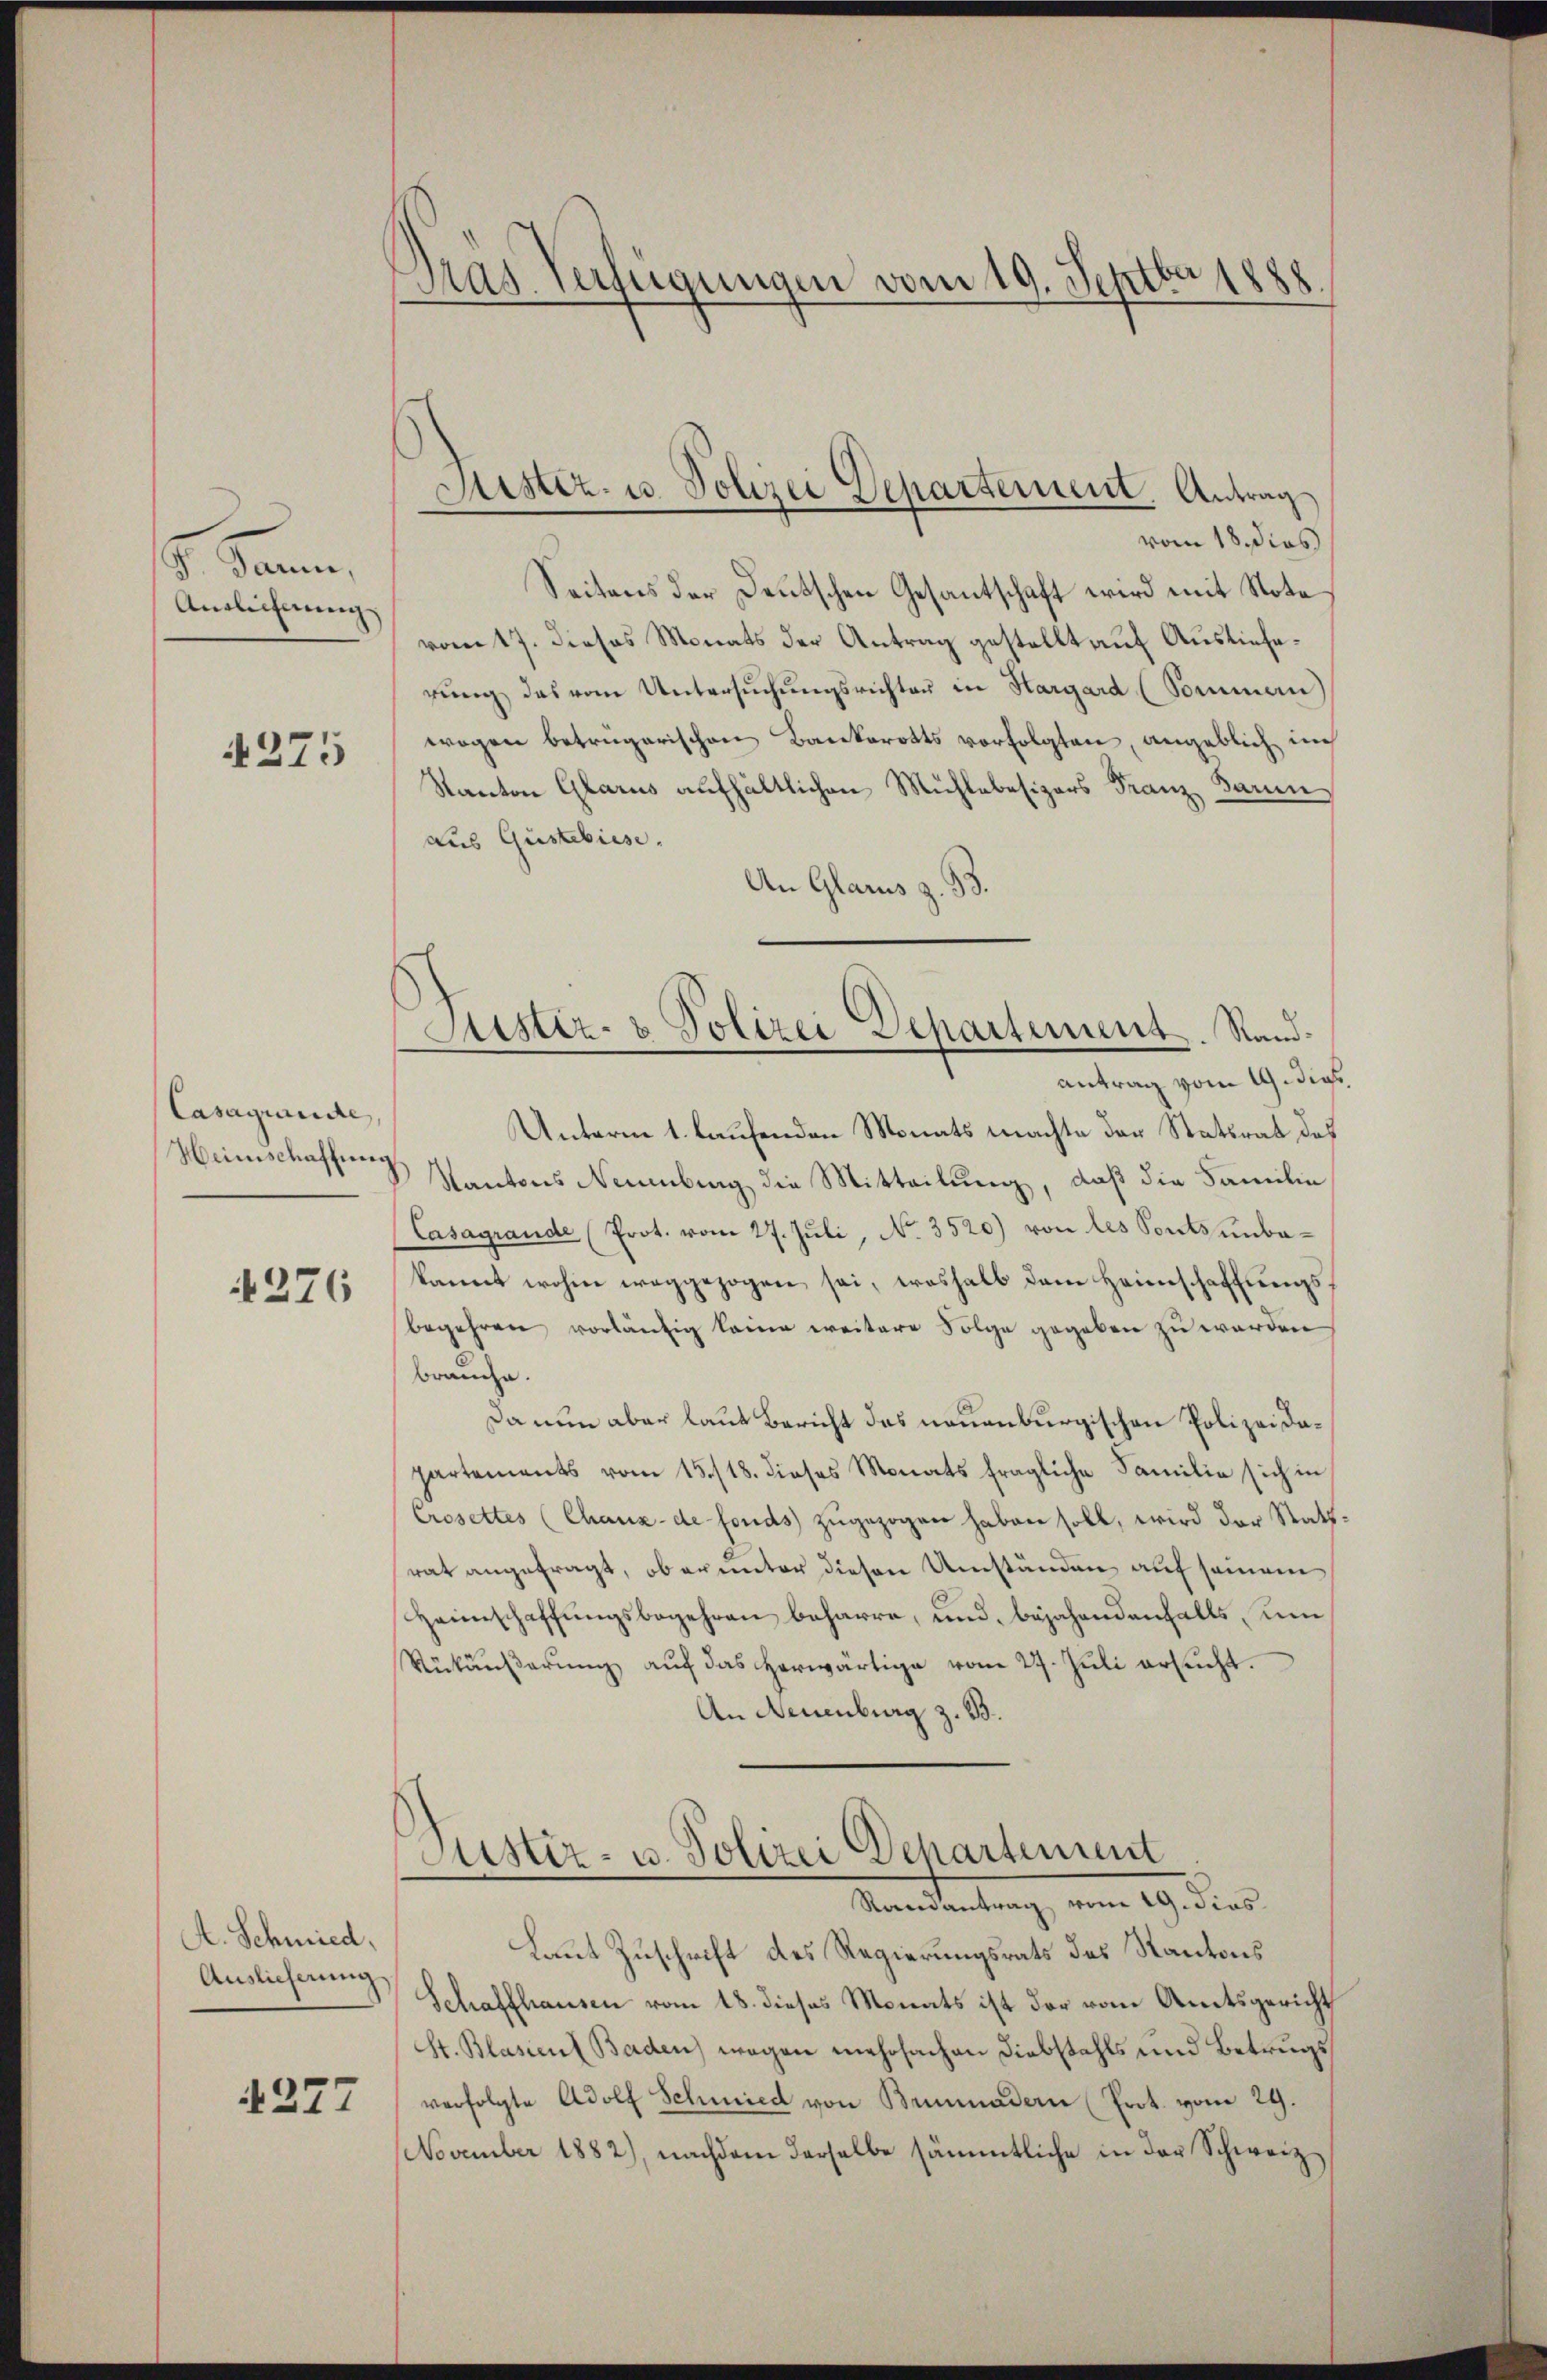
G. Samme,
Anglichung

4275

Casagunde,
Heimschaffung

276

A. Schmied.
Auslieferung

4277

Dras Verfügungen vom 19. Septbr 1888.

Justiz- u. Polizei Departement. Antrag

vom 18. dies
Seitens der Deutschen Gesantschaft wird mit Note
vom 17. dieses Monats der Antrag gestellt auf Auslieferŭng das vom Untersŭchŭngsrichten in Hargard (Sommern
wogen betrügerischen Bankerotts vorfolgten, angeblich im
Kanton Glarus aufhältlichen Mühlebesizers Franz Baum
aus Gustebisse.
An Glarus z. 93.
Unterm 1. laufenden Monats machte der Statsrat des
Kantons Neuenburg die Mitteilung, daß die Familie
Casagrande (Prot. vom 27. Juli, No. 3520) von des Ponts unbekannt wohin weggezogen sei, woshalb dem Heimschaffungsbegehren vorläufig keine weitere Folge gegeben zu werden
brauche.
Da nun aber laut Bericht des neuenburgischen Polizei dapartements vom 15./18. dieses Monats fragliche Familie sich in
Crosettes (Chaux-de fonds zugezogen haben soll, wird der Stattrat angefragt, ob er unter diesen Umständen auf semain
Heimschaffungsbegehren beharre, und bejahendenfalls, um
Rükäŭβerŭng aŭf das herwärtige vom 27. Jŭli ersucht.
An Neuenburg z. B.

Sistiz- & Polizei Separtement. Sandantrag vom 19. dies

Justiz- u. Polizei Departement
Ramantrag vom 19. dies

Laut Zuschrift des Regierungsrats des Kantons
Schaffhausen vom 18. dieses Monats ist der vom Amtsgericht
St. Blasient Baden) wegen mehrfachen Diebstahls und Betrugs
verfolgte Adolf Schmied von Benadern (Prot. vom 29.
November 1882), nachdem derselbe sämmtliche in der Schweiz